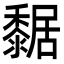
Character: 䵕